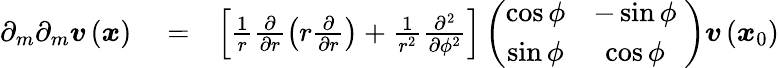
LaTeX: \begin{array}{rlr}{\partial_{m}\partial_{m}\boldsymbol{v}\left(\boldsymbol{x}\right)}&{{}=}&{\left[\frac{1}{r}\frac{\partial}{\partial r}\left(r\frac{\partial}{\partial r}\right)+\frac{1}{r^{2}}\frac{\partial^{2}}{\partial\phi^{2}}\right]\left(\begin{array}{cc}{\cos\phi}&{-\sin\phi}\\ {\sin\phi}&{\cos\phi}\end{array}\; \right)\boldsymbol{v}\left(\boldsymbol{x}_{0}\right)}\end{array}